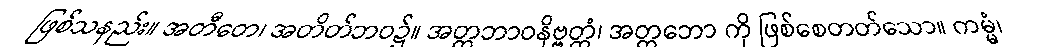
ဖြစ်သနည်း။ အတီတေ၊ အတိတ်ဘဝ၌။ အတ္တဘာဝနိဗ္ဗတ္တံ၊ အတ္တဘော ကို ဖြစ်စေတတ်သော။ ကမ္မံ၊